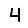
Digit: 4